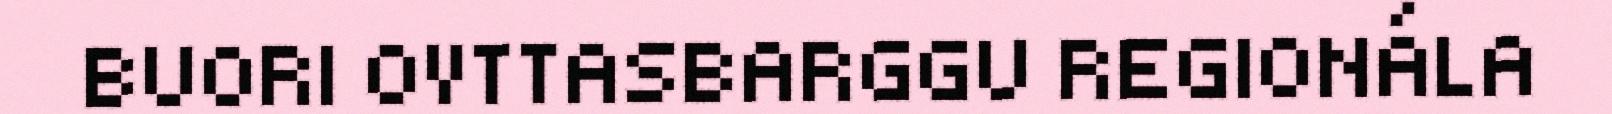
BUORI OVTTASBARGGU REGIONÁLA